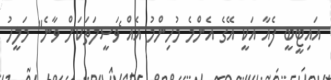
އައިޓީބީ ފެއާ އަކީ އޭގެ އެންމެ މުހިންމު އެއް ެވަސީލަތަކަށް ވާނެ" މަލީހު